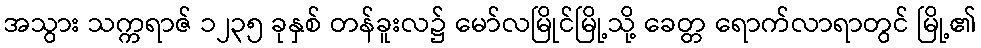
အသွား သက္ကရာဇ် ၁၂၃၅ ခုနှစ် တန်ခူးလ၌ မော်လမြိုင်မြို့သို့ ခေတ္တ ရောက်လာရာတွင် မြို့၏